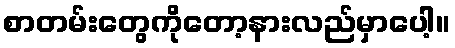
စာတမ်းတွေကိုတော့နားလည်မှာပေါ့။